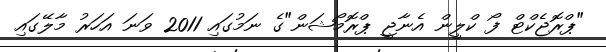
"ޕްރޮޖެކްޓް ފޯ ކްލީން އެނާޖީ ޕްރޮމޯޝަން"ގެ ނަމުގައި 2011 ވަނަ އަހަރު މާލޭގައި